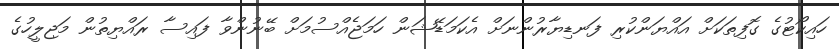
ހައިކޯޓުގެ ގޮފިތަކަށް އައްޔަންކުރި ފަނޑިޔާރުންނަށް އެކަމަޑޭޝަން ހަމަޖެއްސުމަށް ބޭނުންވާ ފައިސާ ރައްޔިތުން މަޖިލީހުގެ